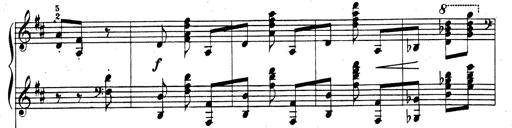
Title: Rhapsodie espagnole
Composer: Franz Liszt